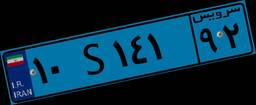
۱۰S۱۴۱۹۲